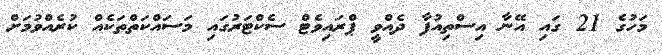
މަހުގެ 21 ގައި އޭނާ އިސްތިއުފާ ދެއްވީ ޕްރައިވެޓް ސެކްޓަރުގައި މަސައްކަތްތަކެއް ކުރެއްވުމަށް